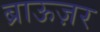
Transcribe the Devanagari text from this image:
ब्राऊज़र